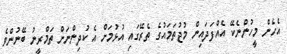
އެހެން މީހުންނެކޭ އެއްފަދައިން މުޖުތަމައުގެ ތެރޭގައި އުޅުމަށް އެ ކުދިންނަށް ތަމްރީނު ބޭނުންވެ